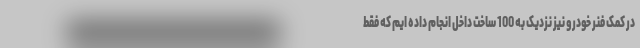
در کمک فنر خودرو نیز نزدیک به 100 ساخت داخل انجام داده ایم که فقط